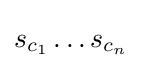
{\textstyle s_{c_{1}}\dots s_{c_{n}}}